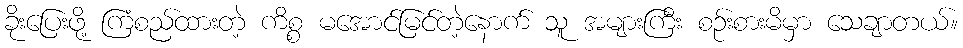
ခိုးပြေးဖို့ ကြံစည်ထားတဲ့ ကိစ္စ မအောင်မြင်တဲ့နောက် သူ အများကြီး စဉ်းစားမိမှာ သေချာတယ်။